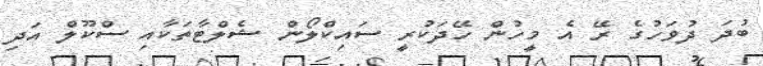
ބުދަ ދުވަހުގެ ރޭ އެ މީހުން ހޭދަކުރީ ސައިކްލޯން ޝެލްޓާތަކާއި ސްކޫލް އަދި